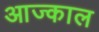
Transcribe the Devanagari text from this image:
आज्काल